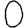
Digit: 0